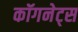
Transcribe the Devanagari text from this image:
कॉगनेट्स